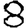
Digit: 8